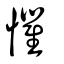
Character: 愳